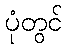
ပုံတွင်